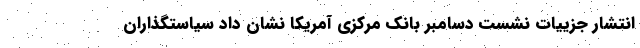
انتشار جزییات نشست دسامبر بانک مرکزی آمریکا نشان داد سیاستگذاران